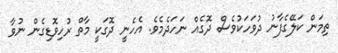
ތިމަން ކަލޭގެފާނު ދުވަހަކުވެސް ދޮގެއް ނަހަދެމެވެ. އެހެނީ ދޮގަކީ މާތް ރުހިވޮޑިގެން ނުވާ